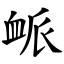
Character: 衇